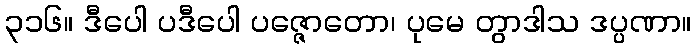
၃၁၆။ ဒီပေါ ပဒီပေါ ပဇ္ဇောတော၊ ပုမေ တွာဒါသ ဒပ္ပဏာ။